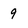
Character: 9